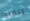
ريفيرا